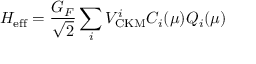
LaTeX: { \cal H } _ { \mathrm { e f f } } = \frac { G _ { F } } { \sqrt { 2 } } \sum _ { i } V _ { \mathrm { C K M } } ^ { i } C _ { i } ( \mu ) Q _ { i } ( \mu )